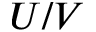
U / V